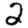
Digit: 2